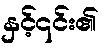
နှင့်၎င်း၏